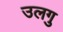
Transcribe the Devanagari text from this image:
उलगु